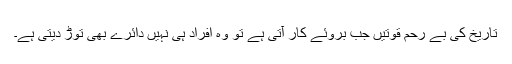
تاریخ کی بے رحم قوتیں جب بروئے کار آتی ہے تو وہ افراد ہی نہیں دائرے بھی توڑ دیتی ہے۔